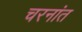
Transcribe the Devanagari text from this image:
चरनांत